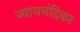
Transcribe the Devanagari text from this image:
न्यायचंद्रिका